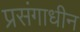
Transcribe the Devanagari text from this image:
प्रसंगाधीन